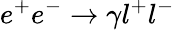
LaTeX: e^{+}e^{-}\rightarrow\gamma l^{+}l^{-}